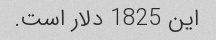
این 1825 دلار است.